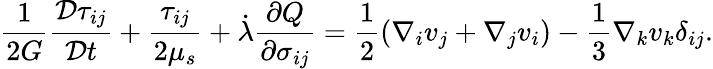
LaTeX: \frac{1}{2G}\frac{\mathcal{D}\tau_{ij}}{\mathcal{D}t}+\frac{\tau_{ij}}{2\mu_{s}}+\dot{\lambda}\frac{\partial Q}{\partial\sigma_{ij}}=\frac{1}{2}\left(\nabla_{i}v_{j}+\nabla_{j}v_{i}\right)-\frac{1}{3}\nabla_{k}v_{k}\delta_{ij}.